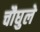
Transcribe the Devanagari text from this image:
चौघुले